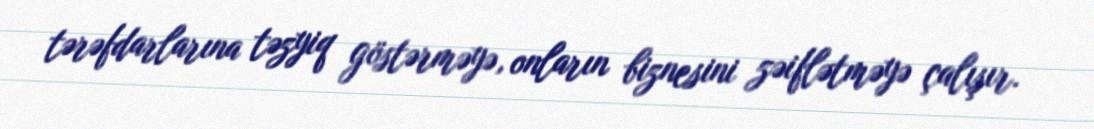
tərəfdarlarına təzyiq göstərməyə, onların biznesini zəiflətməyə çalışır.